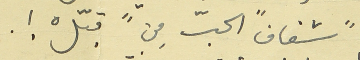
" شفاف " الحبّ مِن قبّلْ !.